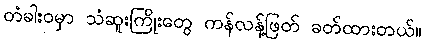
တံခါးဝမှာ သံဆူးကြိုးတွေ ကန်လန့်ဖြတ် ခတ်ထားတယ်။